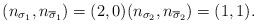
LaTeX: \begin{align*}(n_{\sigma_1},n_{\overline{\sigma}_1})=(2,0) (n_{\sigma_2},n_{\overline{\sigma}_2})=(1,1).\end{align*}